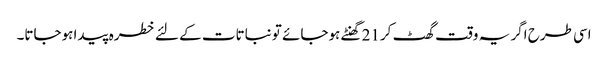
اسی طرح اگر یہ وقت گھٹ کر21 گھنٹے ہوجائے تو نباتات کے لئے خطرہ پیدا ہوجاتا۔